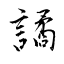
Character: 譎